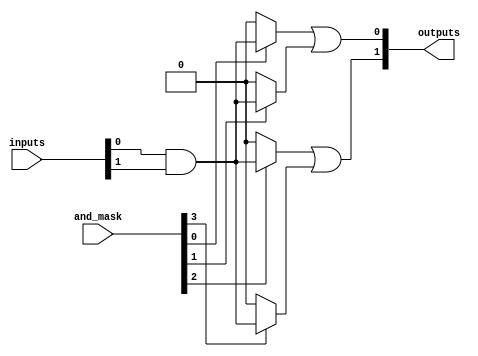
module masked_pal #(
    parameter NUM_INPUTS = 3,   // Number of inputs (A, B, C, ...)
    parameter NUM_AND_GATES = 4, // Number of AND gates
    parameter NUM_OUTPUTS = 2    // Number of outputs
) (
    input wire [NUM_INPUTS-1:0] inputs, // Input lines
    input wire [NUM_AND_GATES-1:0] and_mask, // Mask for AND gates (programmable)
    output wire [NUM_OUTPUTS-1:0] outputs // Output lines
);

// Internal wires for AND gate outputs
wire [NUM_AND_GATES-1:0] and_outputs;

// AND gates implementation
generate
    genvar i;
    for (i = 0; i < NUM_AND_GATES; i = i + 1) begin: and_gate_array
        assign and_outputs[i] = (and_mask[i]) ? 
                                (inputs[0] & inputs[1]) : 1'b0; // Example connection
    end
endgenerate

// Fixed OR array implementation
assign outputs[0] = and_outputs[0] | and_outputs[1]; // OR gate outputs
assign outputs[1] = and_outputs[2] | and_outputs[3];

endmodule